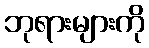
ဘုရားများကို